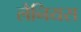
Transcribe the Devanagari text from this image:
लैनियस